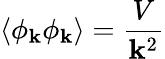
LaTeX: \left\langle\phi_{\mathbf{k}}\phi_{\mathbf{k}}\right\rangle={\frac{{V}}{{\mathbf{k}^{2}}}}